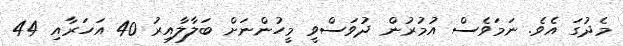
މެދުގަ އެވެ. ނަމަވެެސް އުމުރުން ދުވަސްވީ މީހުންނަށް ބަލާލާއިރު 40 އަހަރާއި 44